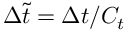
\Delta \tilde { t } = \Delta t / C _ { t }